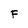
Character: F